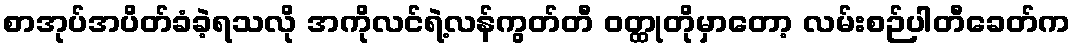
စာအုပ်အပိတ်ခံခဲ့ရသလို အကိုလင်ရဲ့လန်ကွတ်တီ ဝတ္ထုတိုမှာတော့ လမ်းစဉ်ပါတီခေတ်က